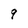
Character: 9